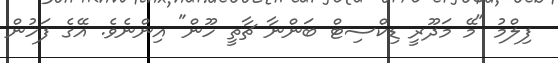
ފިލްމު "މޭ މަދޫރީ ޑިކްސިޓް ބަންނާ ޗާތީ ހޫން" އިންނެވެ. އޭގެ ފަހުން